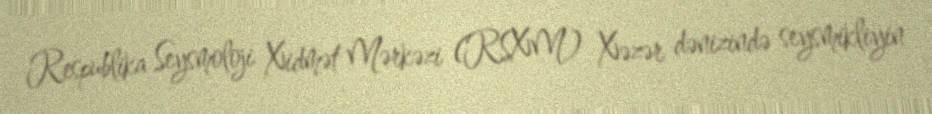
Respublika Seysmoloji Xidmət Mərkəzi (RSXM) Xəzər dənizində seysmikliyin